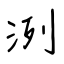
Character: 洌